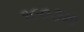
૧૯૦૭મા